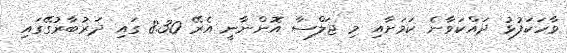
ވާހަކަފުޅު ދައްކަވާނެ ކަމަށާއި މި ޖަލްސާ އޮންނާނީ އެރޭ 8.30 ގައި ދަރުބާރުގޭގައި